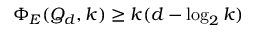
\Phi _ { E } ( Q _ { d } , k ) \geq k ( d - \log _ { 2 } k )